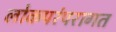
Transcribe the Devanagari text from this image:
लोकपरंपरागत